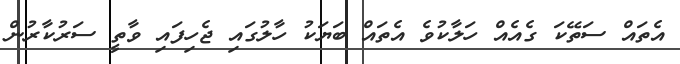
އެތައް ސަތޭކަ ގެއެއް ހަލާކުވެ އެތައް ބަޔަކު ހާލުގައި ޖެހިފައި ވާތީ ސަރުކާރުން